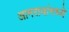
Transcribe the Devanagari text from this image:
आमरायांमध्ये